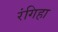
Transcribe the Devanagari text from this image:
रंगिहा